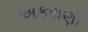
અકરાણી